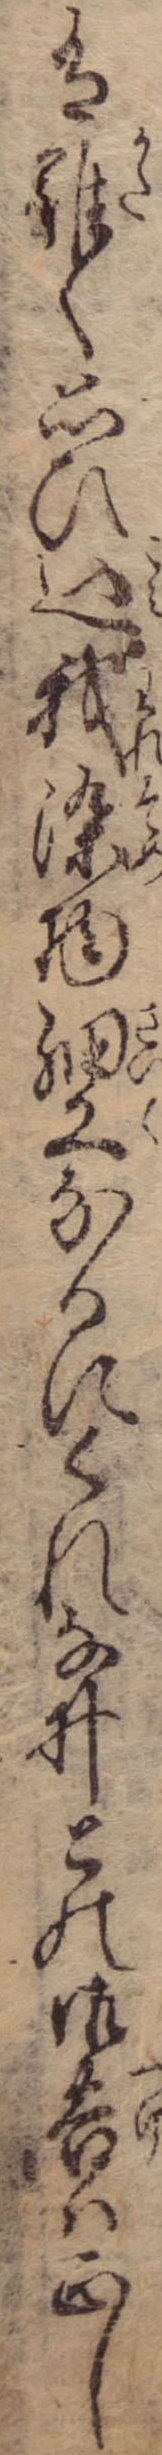
有難く思ひ込我染物細工なるにくれなゐとの御告は正し